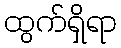
ထွက်ရှိရာ